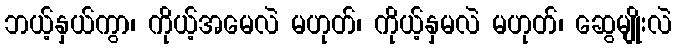
ဘယ့်နှယ်ကွာ၊ ကိုယ့်အမေလဲ မဟုတ်၊ ကိုယ့်နှမလဲ မဟုတ်၊ ဆွေမျိုးလဲ